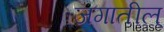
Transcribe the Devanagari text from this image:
जगातील्